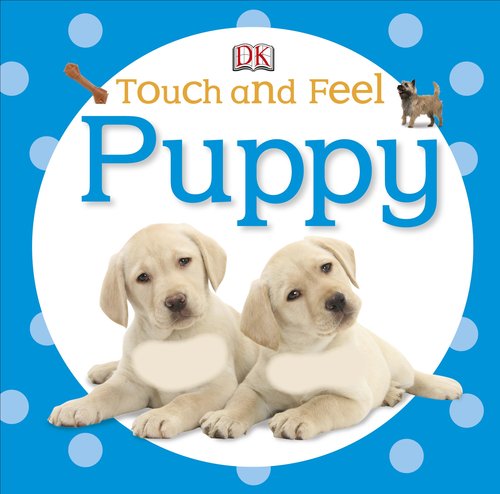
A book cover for Touch and Feel: Puppy (Touch & Feel); DK Publishing; Children's Books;